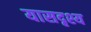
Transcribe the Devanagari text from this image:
यासदृश्य